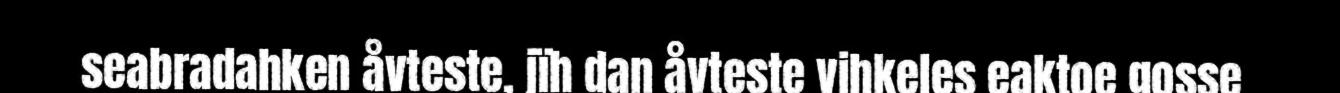
seabradahken åvteste, jïh dan åvteste vihkeles eaktoe gosse